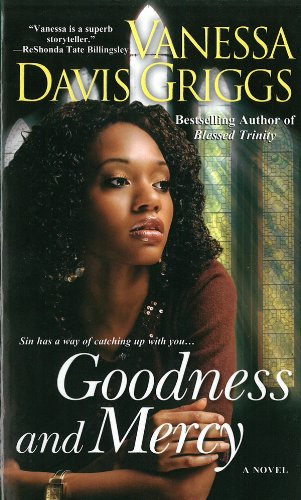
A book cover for Goodness and Mercy (Blessed Trinity); Vanessa Davis Griggs; Christian Books & Bibles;